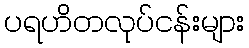
ပရဟိတလုပ်ငန်းများ